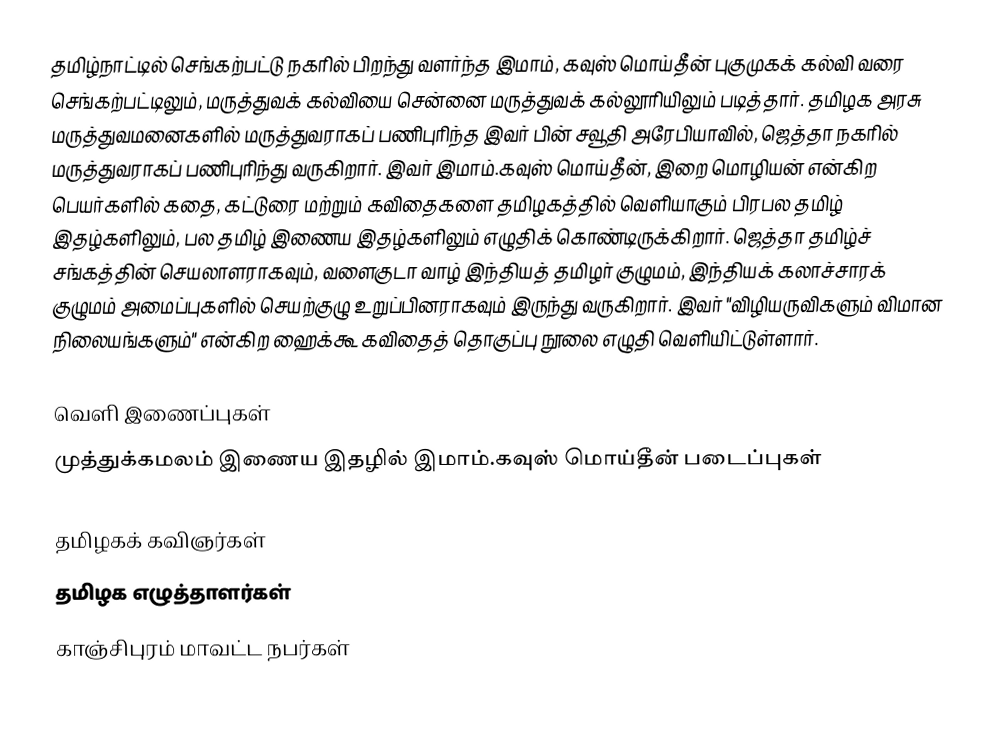
தமிழ்நாட்டில் செங்கற்பட்டு நகரில் பிறந்து வளர்ந்த இமாம், கவுஸ் மொய்தீன் புகுமுகக் கல்வி வரை செங்கற்பட்டிலும், மருத்துவக் கல்வியை சென்னை மருத்துவக் கல்லூரியிலும் படித்தார். தமிழக அரசு மருத்துவமனைகளில் மருத்துவராகப் பணிபுரிந்த இவர் பின் சவூதி அரேபியாவில், ஜெத்தா நகரில் மருத்துவராகப் பணிபுரிந்து வருகிறார். இவர் இமாம்.கவுஸ் மொய்தீன், இறை மொழியன் என்கிற பெயர்களில் கதை, கட்டுரை மற்றும் கவிதைகளை தமிழகத்தில் வெளியாகும் பிரபல தமிழ் இதழ்களிலும், பல தமிழ் இணைய இதழ்களிலும் எழுதிக் கொண்டிருக்கிறார். ஜெத்தா தமிழ்ச் சங்கத்தின் செயலாளராகவும், வளைகுடா வாழ் இந்தியத் தமிழர் குழுமம், இந்தியக் கலாச்சாரக் குழுமம் அமைப்புகளில் செயற்குழு உறுப்பினராகவும் இருந்து வருகிறார். இவர் "விழியருவிகளும் விமான நிலையங்களும்" என்கிற ஹைக்கூ கவிதைத் தொகுப்பு நூலை எழுதி வெளியிட்டுள்ளார்.

வெளி இணைப்புகள்
முத்துக்கமலம் இணைய இதழில்  இமாம்.கவுஸ் மொய்தீன் படைப்புகள்

தமிழகக் கவிஞர்கள்
தமிழக எழுத்தாளர்கள்
காஞ்சிபுரம் மாவட்ட நபர்கள்